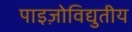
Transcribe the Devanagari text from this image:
पाइज़ोविद्युतीय